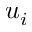
u _ { i }